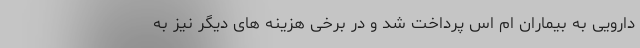
دارویی به بیماران ام اس پرداخت شد و در برخی هزینه های دیگر نیز به